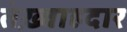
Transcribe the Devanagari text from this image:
तंख़्वाहदार